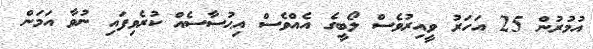
އުމުރުން 25 އަހަރު ވީއިރުވެސް ލޯބީގެ އެއްވެސް އިޙުސާސެއް ކުރެވިފައި ނުވާ އަމަން